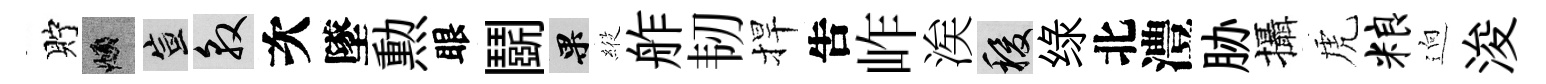
貯頫宣敦次墜勲眼鬬果𦂵舴韧捍吿岞涘稷绿北澧胁攝虎粮逈浚